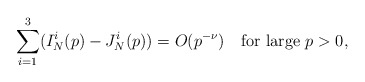
\begin{align*}\sum_{i=1}^3(I_N^i(p)-J_N^i(p))=O(p^{-\nu})\quad\mbox{for large } p>0,\end{align*}